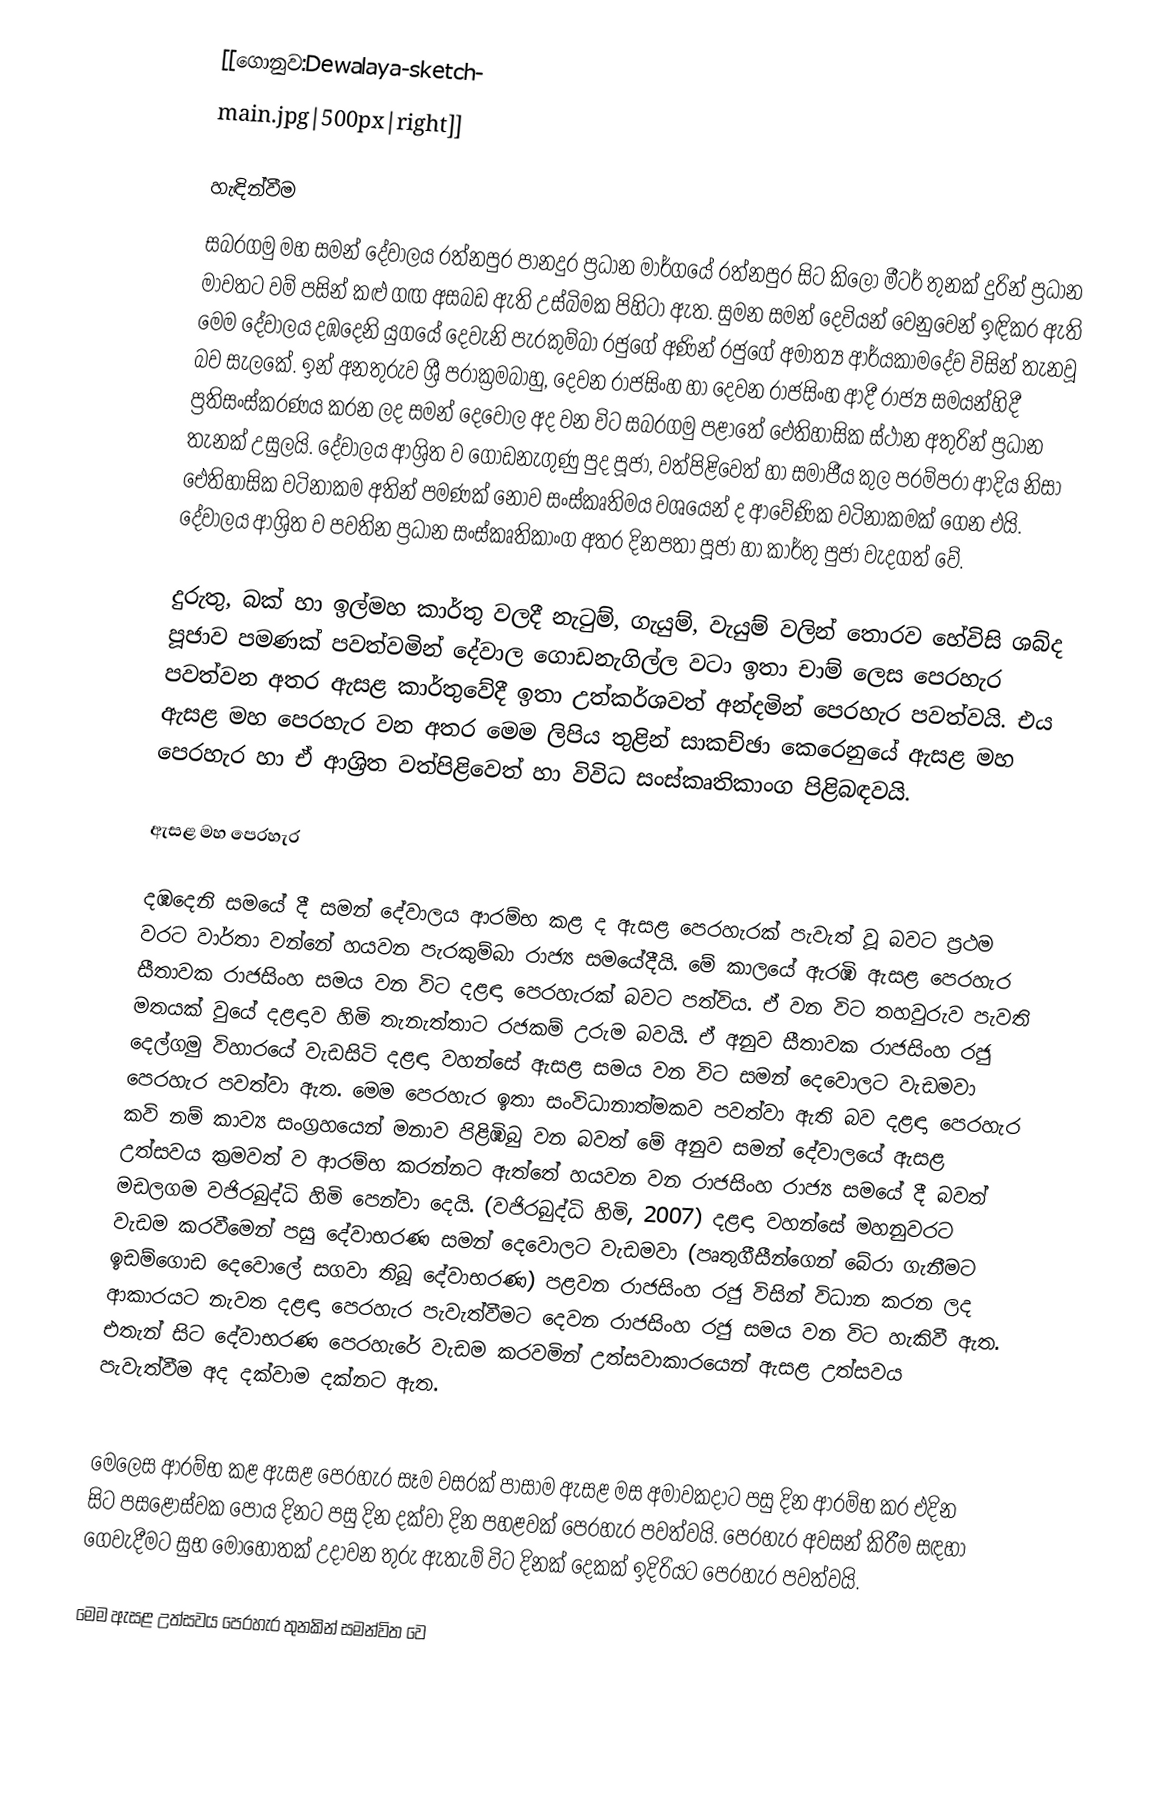
[[ගොනුව:Dewalaya-sketch-
main.jpg|500px|right]]

හැඳින්වීම
සබරගමු මහ සමන් දේවාලය රත්නපුර පානදුර ප්‍රධාන මාර්ගයේ රත්නපුර සිට කිලෝ මීටර් තුනක් දුරින් ප්‍රධාන මාවතට වම් පසින් කළු ගඟ අසබඩ ඇති උස්බිමක පිහිටා ඇත. සුමන සමන් දෙවියන් වෙනුවෙන් ඉඳිකර ඇති මෙම දේවාලය දඹදෙනි යුගයේ දෙවැනි පැරකුම්බා රජුගේ අණින් රජුගේ අමාත්‍ය ආර්යකාමදේව විසින් තැනවූ බව සැලකේ. ඉන් අනතුරුව ශ්‍රී පරාක්‍රමබාහු, දෙවන රාජසිංහ හා දෙවන රාජසිංහ ආදී රාජ්‍ය සමයන්හිදී ප්‍රතිසංස්කරණය කරන ලද සමන් දෙවොල අද වන විට සබරගමු පළාතේ ඓතිහාසික ස්ථාන අතුරින් ප්‍රධාන තැනක් උසුලයි. දේවාලය ආශ්‍රිත ව ගොඩනැගුණු පුද පූජා, වත්පිළිවෙත් හා සමාජීය කුල පරම්පරා ආදිය නිසා ඓතිහාසික වටිනාකම අතින් පමණක් නොව සංස්කෘතිමය වශයෙන් ද ආවේණික වටිනාකමක් ගෙන එයි. දේවාලය ආශ්‍රිත ව පවතින ප්‍රධාන සංස්කෘතිකාංග අතර දිනපතා පූජා හා කාර්තු පුජා වැදගත් වේ.

දුරුතු, බක් හා ඉල්මහ කාර්තු වලදී නැටුම්, ගැයුම්, වැයුම් වලින් තොරව හේවිසි ශබ්ද පූජාව පමණක් පවත්වමින් දේවාල ගොඩනැගිල්ල වටා ඉතා චාම් ලෙස පෙරහැර පවත්වන අතර ඇසළ කාර්තුවේදී ඉතා උත්කර්ශවත් අන්දමින් පෙරහැර පවත්වයි. එය ඇසළ මහ පෙරහැර වන අතර මෙම ලිපිය තුළින් සාකච්ඡා කෙරෙනුයේ ඇසළ මහ පෙරහැර හා ඒ ආශ්‍රිත වත්පිළිවෙත් හා විවිධ සංස්කෘතිකාංග පිළිබඳවයි.

ඇසළ මහ පෙරහැර

දඹදෙනි සමයේ දී සමන් දේවාලය ආරම්භ කළ ද ඇසළ පෙරහැරක් පැවැත් වූ  බවට ප්‍රථම වරට වාර්තා වන්නේ හයවන  පැරකුම්බා රාජ්‍ය සමයේදීයි. මේ කාලයේ ඇරඹි ඇසළ පෙරහැර සීතාවක රාජසිංහ සමය වන විට දළඳා පෙරහැරක් බවට පත්විය. ඒ වන විට තහවුරුව පැවති මතයක් වුයේ දළඳාව හිමි තැනැත්තාට රජකම් උරුම බවයි. ඒ අනුව සීතාවක රාජසිංහ රජු දෙල්ගමු විහාරයේ වැඩසිටි දළඳා වහන්සේ ඇසළ සමය වන විට සමන් දෙවොලට වැඩමවා පෙරහැර පවත්වා ඇත. මෙම පෙරහැර ඉතා සංවිධානාත්මකව පවත්වා ඇති බව දළඳා පෙරහැර කවි නම් කාව්‍ය සංග්‍රහයෙන් මනාව පිළිඹිබු වන බවත් මේ අනුව සමන් දේවාලයේ ඇසළ උත්සවය ක‍්‍රමවත් ව ආරම්භ කරන්නට ඇත්තේ හයවන වන රාජසිංහ රාජ්‍ය සමයේ දී බවත් මඩලගම වජිරබුද්ධි හිමි පෙන්වා දෙයි. (වජිරබුද්ධි හිමි, 2007) දළඳා වහන්සේ මහනුවරට වැඩම කරවීමෙන් පසු දේවාභරණ සමන් දෙවොලට වැඩමවා (පෘතුගීසීන්ගෙන් බේරා ගැනීමට ඉඩම්ගොඩ දෙවොලේ සගවා තිබූ දේවාභරණ) පළවන රාජසිංහ රජු විසින් විධාන කරන ලද ආකාරයට නැවත දළඳා පෙරහැර පැවැත්වීමට දෙවන රාජසිංහ රජු සමය වන විට හැකිවී ඇත. එතැන් සිට දේවාභරණ පෙරහැරේ වැඩම කරවමින් උත්සවාකාරයෙන් ඇසළ උත්සවය පැවැත්වීම අද දක්වාම දක්නට ඇත.

මෙලෙස ආරම්භ කළ ඇසළ පෙරහැර සෑම වසරක් පාසාම ඇසළ මස අමාවකදාට පසු දින ආරම්භ කර එදින සිට පසළොස්වක පෝය දිනට පසු දින දක්වා දින පහළවක් පෙරහැර පවත්වයි. පෙරහැර අවසන් කිරීම සඳහා ගෙවැදීමට සුභ මොහොතක් උදාවන තුරු ඇතැම් විට දිනක් දෙකක් ඉදිරියට පෙරහැර පවත්වයි.

මෙම ඇසළ උත්සවය පෙරහැර තුනකින් සමන්විත වෙ